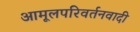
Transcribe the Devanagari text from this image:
आमूलपरिवर्तनवादी